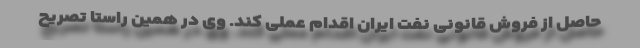
حاصل از فروش قانونی نفت ایران اقدام عملی کند. وی در همین راستا تصریح